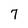
Character: 7